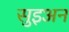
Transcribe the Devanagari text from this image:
सुइअन